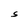
Character: S